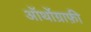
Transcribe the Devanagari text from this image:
ऑर्थोग्राफ़ी